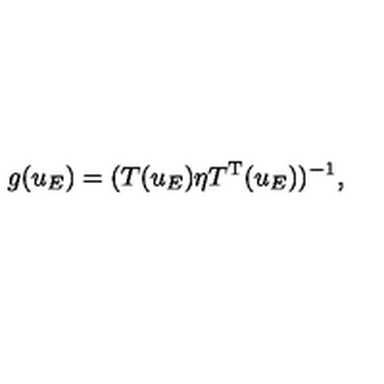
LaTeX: g ( u _ { E } ) = ( T ( u _ { E } ) \eta T ^ { \mathrm { T } } ( u _ { E } ) ) ^ { - 1 } ,